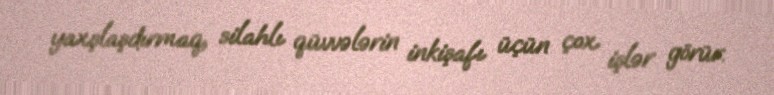
yaxşlaşdırmaq, silahlı qüvvələrin inkişafı üçün çox işlər görür.